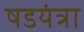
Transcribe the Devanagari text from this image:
षडयंत्रा